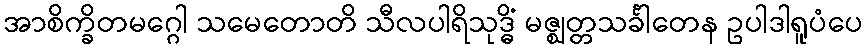
အာစိက္ခိတမဂ္ဂေါ သမေတောတိ သီလပါရိသုဒ္ဓိံ မဇ္ဈတ္တသင်္ခါတေန ဥပါဒါရူပံပေ